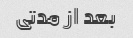
بعد از مدتی